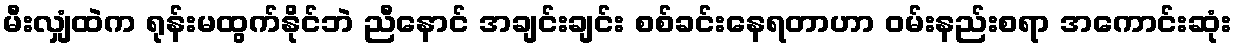
မီးလျှံထဲက ရုန်းမထွက်နိုင်ဘဲ ညီနောင် အချင်းချင်း စစ်ခင်းနေရတာဟာ ဝမ်းနည်းစရာ အကောင်းဆုံး